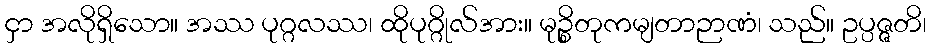
ငှာ အလိုရှိသော။ အဿ ပုဂ္ဂလဿ၊ ထိုပုဂ္ဂိုလ်အား။ မုဉ္စိတုကမျတာဉာဏံ၊ သည်။ ဥပ္ပဇ္ဇတိ၊